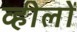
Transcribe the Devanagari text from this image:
व्हीलों